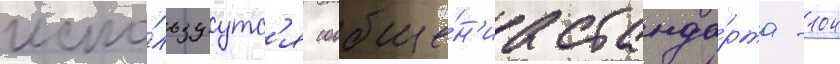
испо́льзуутс'я сообще́н'иа станда́рта -104